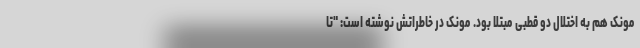
مونک هم به اختلال دو قطبی مبتلا بود. مونک در خاطراتش نوشته است: "تا